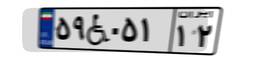
۴۸W۹۱۲۳۷